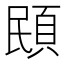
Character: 䪸